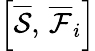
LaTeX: \left[\overline{\mathcal{S}},\, \overline{\mathcal{F}}_{i}\right]